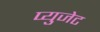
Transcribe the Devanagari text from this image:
प्युजेट